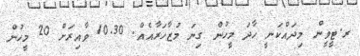
ރ.ޓީވީން މިދައްކަނީ ހާދަ މީހުން ގިނަ މުޒާހަރާއެއް. 10.30 ވާއިރަށް 20 މީހުން